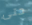
حتى